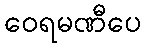
ဝေရမဏီပေ